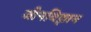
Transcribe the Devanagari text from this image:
जीनविज्ञान